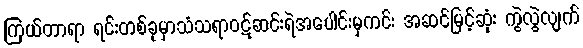
ကြယ်တာရာ ရင်းတစ်ခုမှာသံသရာဝဋ်ဆင်းရဲအပေါင်းမှကင်း အဆင်မြင့်ဆုံး ကွဲလွဲလျက်